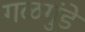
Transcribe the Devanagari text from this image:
गळगुंडे